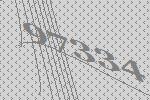
97334